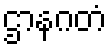
ဌာနဂတံ